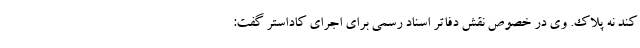
کند نه پلاک. وی در خصوص نقش دفاتر اسناد رسمی برای اجرای کاداستر گفت: